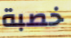
خصبة